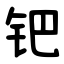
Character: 钯